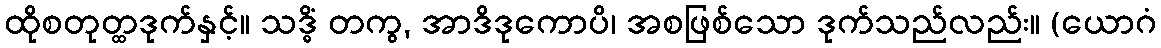
ထိုစတုတ္ထဒုက်နှင့်။ သဒ္ဓိံ တကွ, အာဒိဒုကောပိ၊ အစဖြစ်သော ဒုက်သည်လည်း။ (ယောဂံ